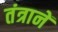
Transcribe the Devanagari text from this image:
तंत्रानें